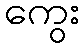
ကွေး